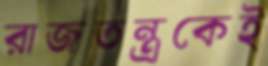
রাজতন্ত্রকেই